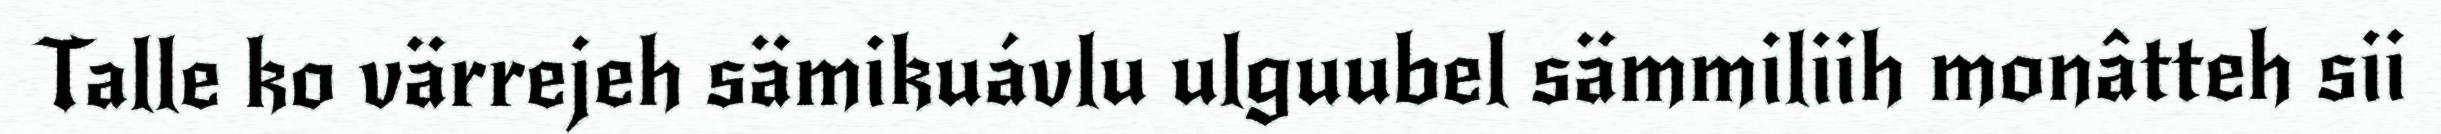
Talle ko värrejeh sämikuávlu ulguubel sämmiliih monâtteh sii